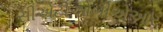
સીએટીઓબીએઆર